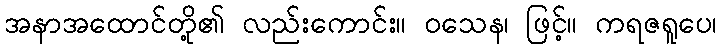
အနာအထောင်တို့၏ လည်းကောင်း။ ဝသေန၊ ဖြင့်။ ကရဇရူပေ၊